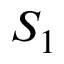
S _ { 1 }